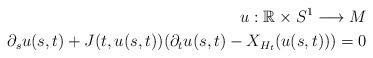
LaTeX: \begin{align*}u:\mathbb{R}\times S^1\longrightarrow M \\\partial_su(s,t)+J(t,u(s,t))(\partial_tu(s,t)-X_{H_t}(u(s,t)))=0 \end{align*}